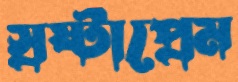
স্রষ্টাপ্রেম